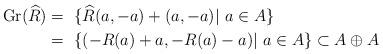
LaTeX: \begin{align*}\mathrm{Gr}(\widehat{R}) =~& \{ \widehat{R}(a, -a) + (a, -a) |~ a \in A \}\\=~& \{ (-R(a) + a , -R(a) -a)|~ a \in A \} \subset A \oplus A\end{align*}